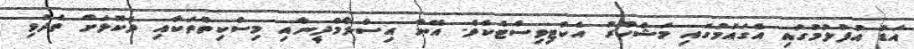
އަޑު އުފުލުމުގައި އެގައުމުގައި މަޝްހޫރު އެކްޓިވިސްޓެކެވެ. އޭނާ އިސްލާމްދީނާއި މިސްކިތްތަކާއި ދެކޮޅަށް ތެދުވި